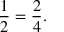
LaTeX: { \frac { 1 } { 2 } } = { \frac { 2 } { 4 } } .